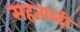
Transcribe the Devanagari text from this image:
सहताब्दी